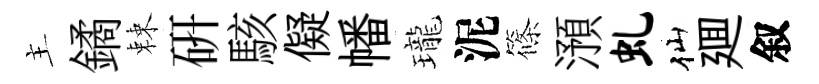
主鐍棘硏駭儗幡瓏泥篠澦虬仙廽叙